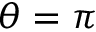
\theta = \pi